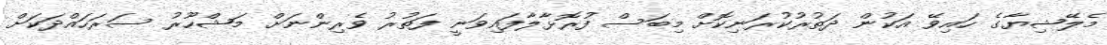
މެލޭޝިޔާގެ ހައިވޭ އަކުން ދަތުރުކުރަނިކޮށް މިބަސް ފުރޮޅާލާފައިވަނީ ފަތުރު ވެރިންނަށް މަޝްހޫރު ސަރަހައްދަކަށް